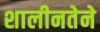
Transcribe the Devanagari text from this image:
शालीनतेने